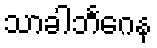
သာခါဘင်္ဂေန